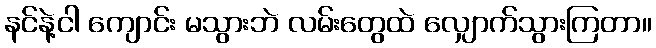
နင်နဲ့ငါ ကျောင်း မသွားဘဲ လမ်းတွေထဲ လျှောက်သွားကြတာ။